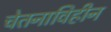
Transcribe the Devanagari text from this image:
चेतनाविहीन